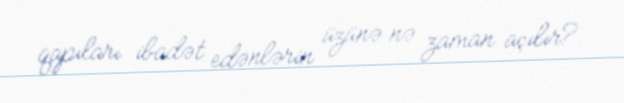
qapıları ibadət edənlərin üzünə nə zaman açılır?.